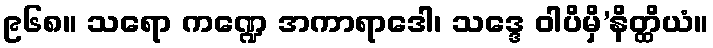
၉၆၈။ သရော ကဏ္ဍေ အကာရာဒေါ၊ သဒ္ဒေ ဝါပိမှိ’နိတ္ထိယံ။